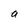
Character: a